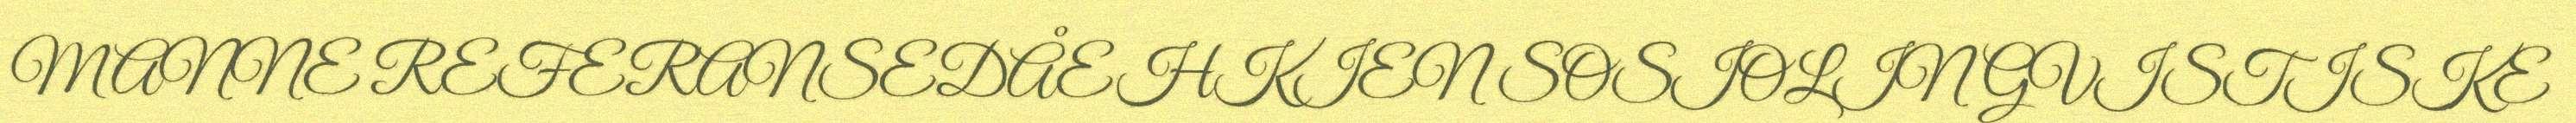
MANNE REFERANSEDÅEHKIEN SOSIOLINGVISTISKE